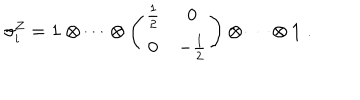
LaTeX: \sigma _ { i } ^ { Z } = { \bf 1 } \otimes \cdots \otimes \left( \begin{array} { c c } { { \frac { 1 } { 2 } } } & { { 0 } } \\ { { 0 } } & { { - \frac { 1 } { 2 } } } \\ \end{array} \right) \otimes \cdots \otimes { \bf 1 } \; .